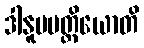
ဒါနူပပတ္တိယောတိ